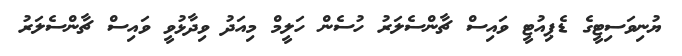
ޔުނިވަސިޓީގެ ޑެޕިއުޓީ ވައިސް ޗާންސެލަރު ހުސެން ހަލީމް މިއަދު ވިދާޅުވީ ވައިސް ޗާންސެލަރު